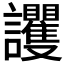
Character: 𧮞